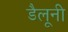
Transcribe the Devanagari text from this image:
डैलूनी